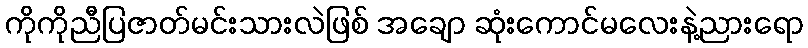
ကိုကိုညီပြဇာတ်မင်းသားလဲဖြစ် အချော ဆုံးကောင်မလေးနဲ့ညားရော